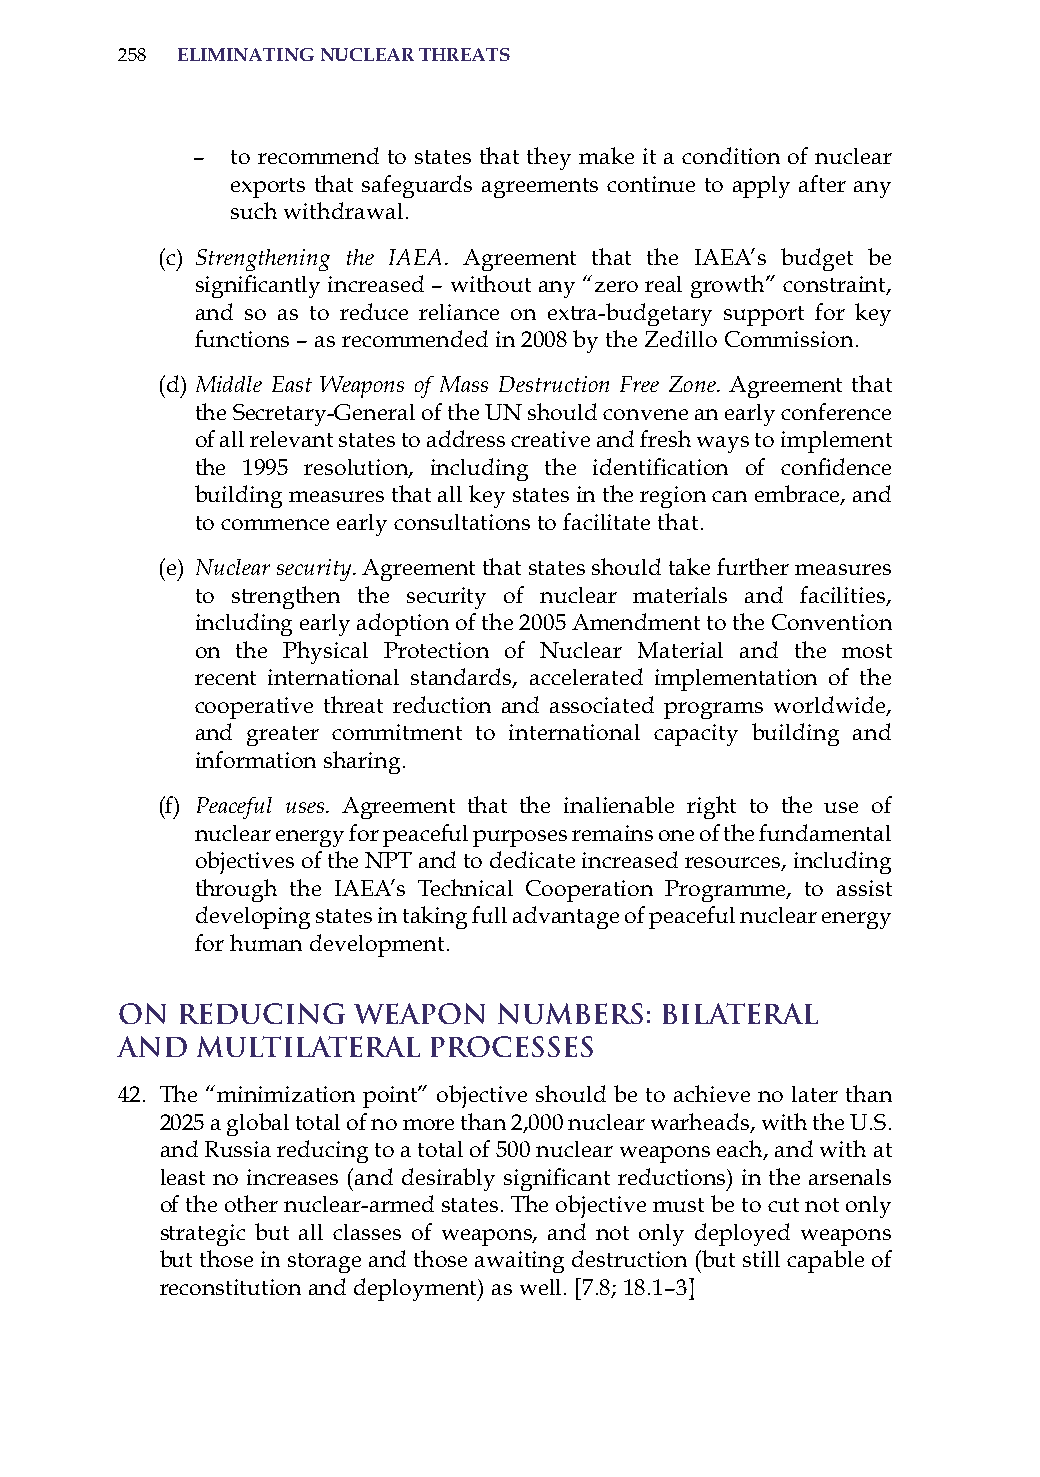
258 eliminatinG nuclear threats
 – to recommend to states that they make it a condition of nuclear
 exports that safeguards agreements continue to apply after any
 such withdrawal.
 (c) Strengthening the IAEA. agreement that the iaEa’s budget be
 significantly increased – without any “zero real growth” constraint,
 and so as to reduce reliance on extra-budgetary support for key
 functions – as recommended in 2008 by the Zedillo Commission.
 (d) Middle East Weapons of Mass Destruction Free Zone. agreement that
 the secretary-General of the UN should convene an early conference
 of all relevant states to address creative and fresh ways to implement
 the 1995 resolution, including the identification of confidence
 building measures that all key states in the region can embrace, and
 to commence early consultations to facilitate that.
 (e) Nuclear security. agreement that states should take further measures
 to strengthen the security of nuclear materials and facilities,
 including early adoption of the 2005 amendment to the Convention
 on the Physical Protection of Nuclear Material and the most
 recent international standards, accelerated implementation of the
 cooperative threat reduction and associated programs worldwide,
 and greater commitment to international capacity building and
 information sharing.
 (f) Peaceful uses. agreement that the inalienable right to the use of
 nuclear energy for peaceful purposes remains one of the fundamental
 objectives of the NPT and to dedicate increased resources, including
 through the iaEa’s Technical Cooperation Programme, to assist
 developing states in taking full advantage of peaceful nuclear energy
 for human development.
 On  Reducing   Weapon    Numbers:   Bilateral
 and  Multilateral   Processes
 42. The “minimization point” objective should be to achieve no later than
 2025 a global total of no more than 2,000 nuclear warheads, with the U.s.
 and russia reducing to a total of 500 nuclear weapons each, and with at
 least no increases (and desirably significant reductions) in the arsenals
 of the other nuclear-armed states. The objective must be to cut not only
 strategic but all classes of weapons, and not only deployed weapons
 but those in storage and those awaiting destruction (but still capable of
 reconstitution and deployment) as well. [7.8; 18.1–3]